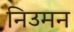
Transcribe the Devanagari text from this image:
निउमन